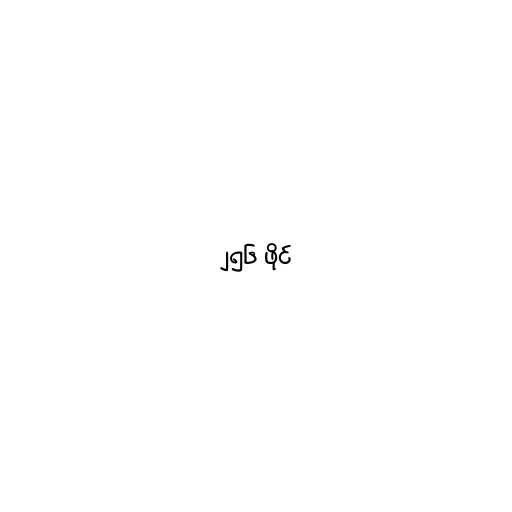
၂၅၆ ဖိုင်